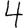
Digit: 4